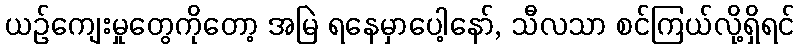
ယဉ်ကျေးမှုတွေကိုတော့ အမြဲ ရနေမှာပေါ့နော်, သီလသာ စင်ကြယ်လို့ရှိရင်